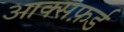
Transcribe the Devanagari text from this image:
आक्सफ़र्ड